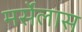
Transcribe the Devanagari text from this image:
मर्सेलास